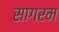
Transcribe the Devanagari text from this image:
सागरम